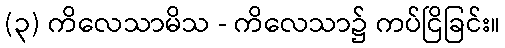
(၃) ကိလေသာမိသ - ကိလေသာ၌ ကပ်ငြိခြင်း။